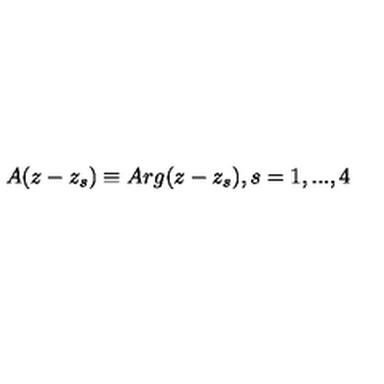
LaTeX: A ( z - z _ { s } ) \equiv A r g ( z - z _ { s } ) , s = 1 , . . . , 4